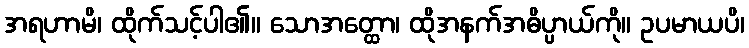
အရဟာမိ၊ ထိုက်သင့်ပါ၏။ သောအတ္ထော၊ ထိုအနက်အဓိပ္ပာယ်ကို။ ဥပမာယပိ၊